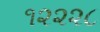
૧૨૨૨૮